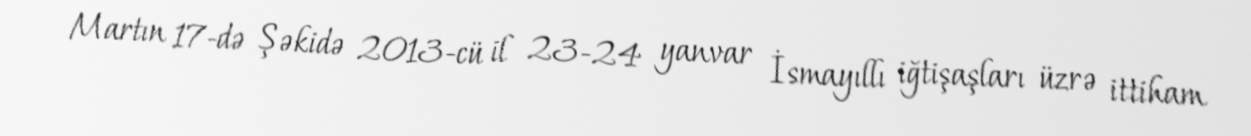
Martın 17-də Şəkidə 2013-cü il 23-24 yanvar İsmayıllı iğtişaşları üzrə ittiham